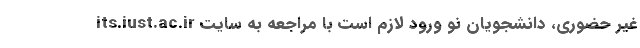
غیر حضوری، دانشجویان نو ورود لازم است با مراجعه به سایت its.iust.ac.ir